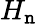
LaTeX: H_{\mathtt{n}}